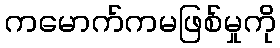
ကမောက်ကမဖြစ်မှုကို